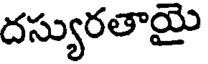
దస్యురతాయై